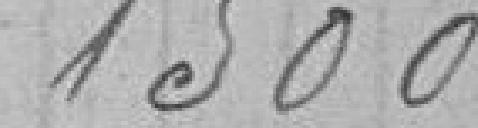
1500